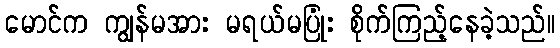
မောင်က ကျွန်မအား မရယ်မပြုံး စိုက်ကြည့်နေခဲ့သည်။